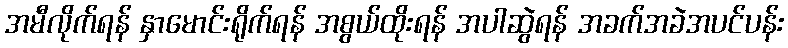
အမီလိုက်ရန် နှာမောင်းရိုက်ရန် အစွယ်ထိုးရန် အပါဆွဲရန် အခက်အခဲအပင်ပန်း